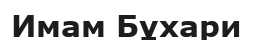
Имам Бұхари